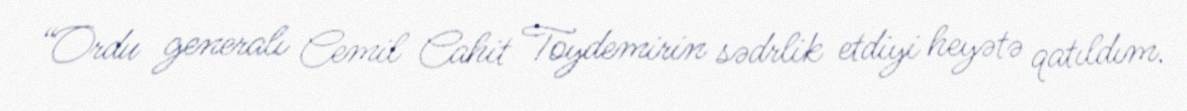
“Ordu generalı Cemil Cahit Toydemirin sədrlik etdiyi heyətə qatıldım.